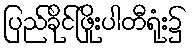
ပြည်ခိုင်ဖြိုးပါတီရုံး၌